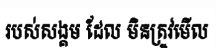
របស់សង្គម ដែល មិនត្រូវមើល